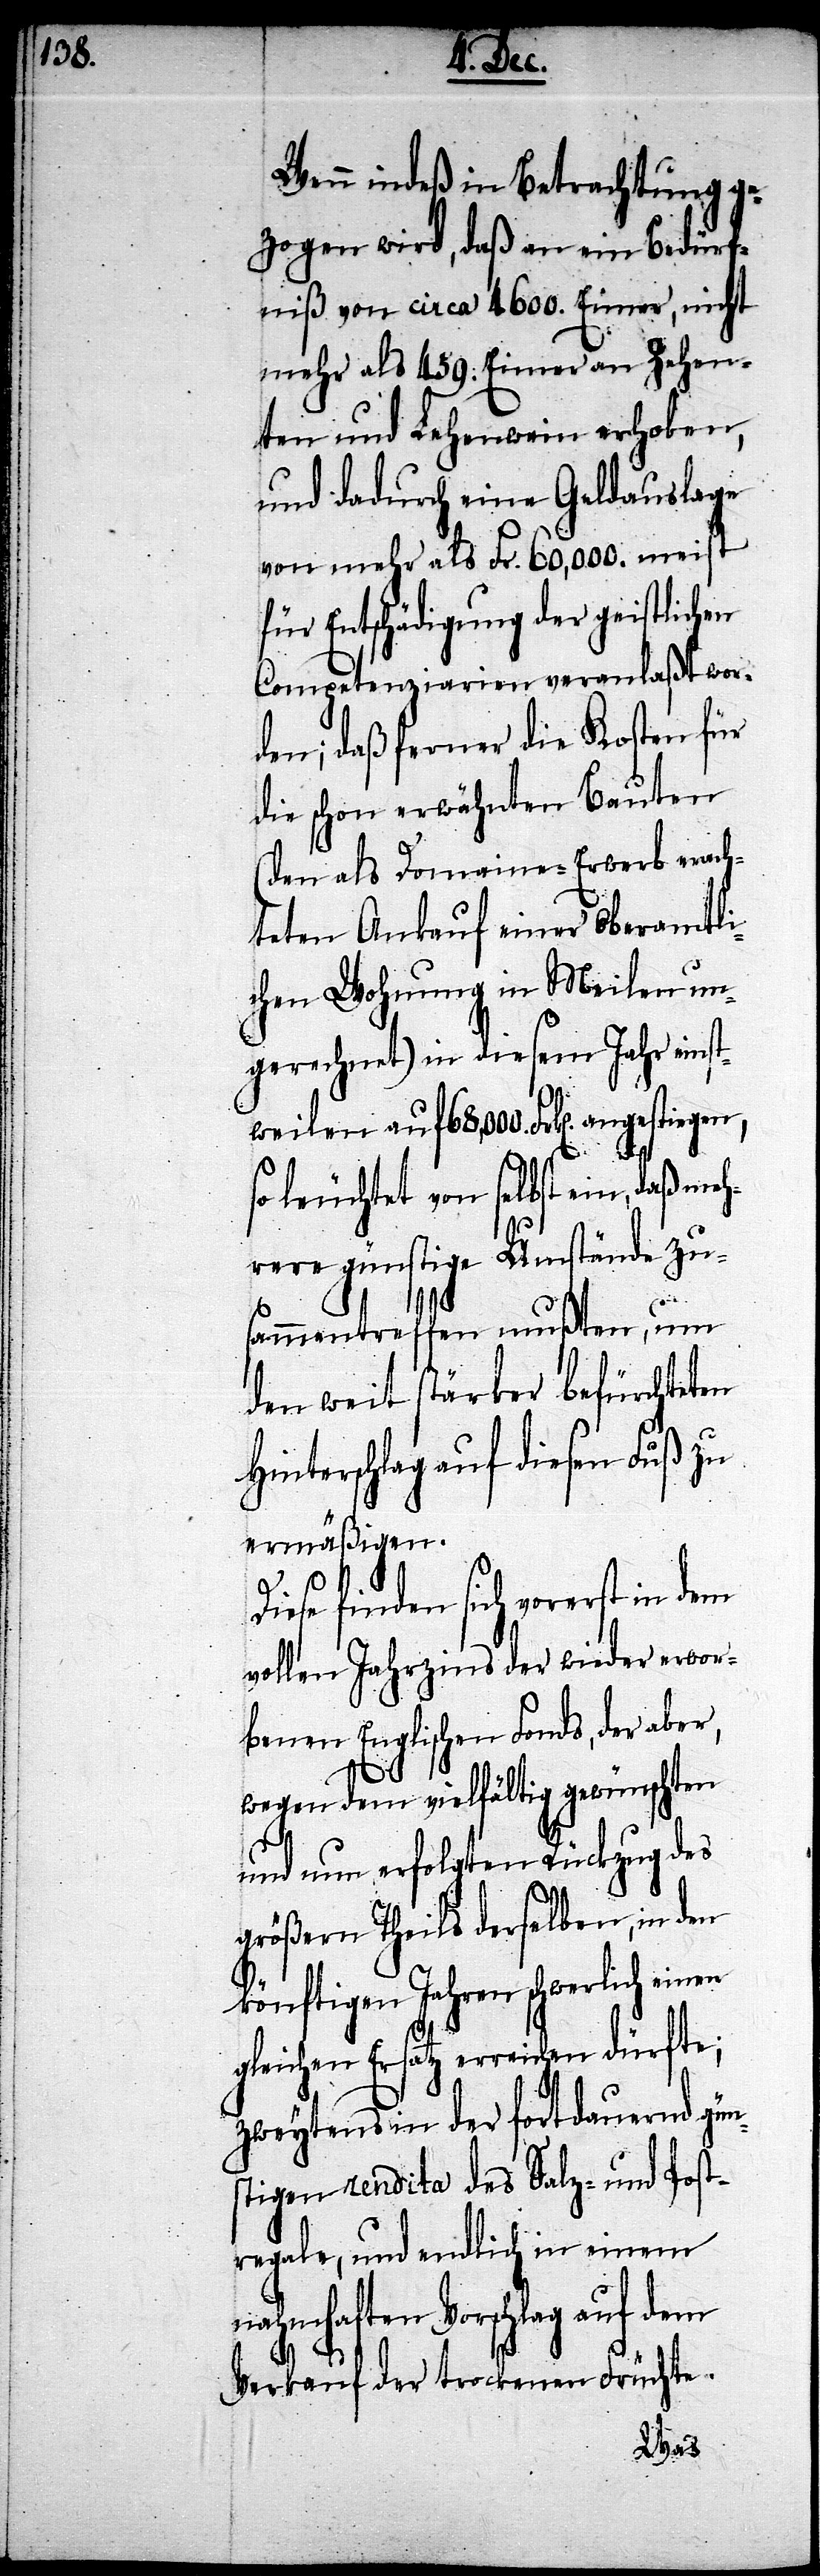
Wenn indeß in Betrachtung ge¬
zogen wird, daß an ein Bedürf¬
niß von circa 4600. Eimer, nicht
mehr als 459. Eimer an Zehen¬
ten und Lehenwein erhoben,
und dadurch eine Geldauslage
von mehr als Fr. 60,000. meist
für Entschädigung der geistlichen
Competenziarien veranlaßt wor¬
den; daß ferner die Kosten für
die schon erwähnten Bauten
(den als Domaine-Erwerb erach¬
teten Ankauf einer Oberamtli¬
chen Wohnung in Meilen un¬
gerechnet) in diesem Jahr einst¬
weilen auf 68,000. Frk[en]. angestiegen,
en
so leuchtet von selbst ein, daß me¬
hrere günstige Umstände zu¬
sammentreffen mußten, um
den weit stärker befürchteten
Hinterschlag auf diesen Fuß zu
ermäßigen.
iese finden sich vorerst in dem
vollen Jahrzins der wieder erwor¬
benen Englischen Fonds, der aber,
wegen dem vielfältig gewünschten
und nun erfolgten Rückzug des
größern Theils derselben, in den
könftigen Jahren schwerlich ein¬
gleichen Ersatz erreichen dürfte;
zweytens in der fortdauernd gün¬
stigen rendita des Salz- und Post¬
regale, und endlich in einem
nahmhaften Vorschlag auf
Verkauf der trockenen Früchte.